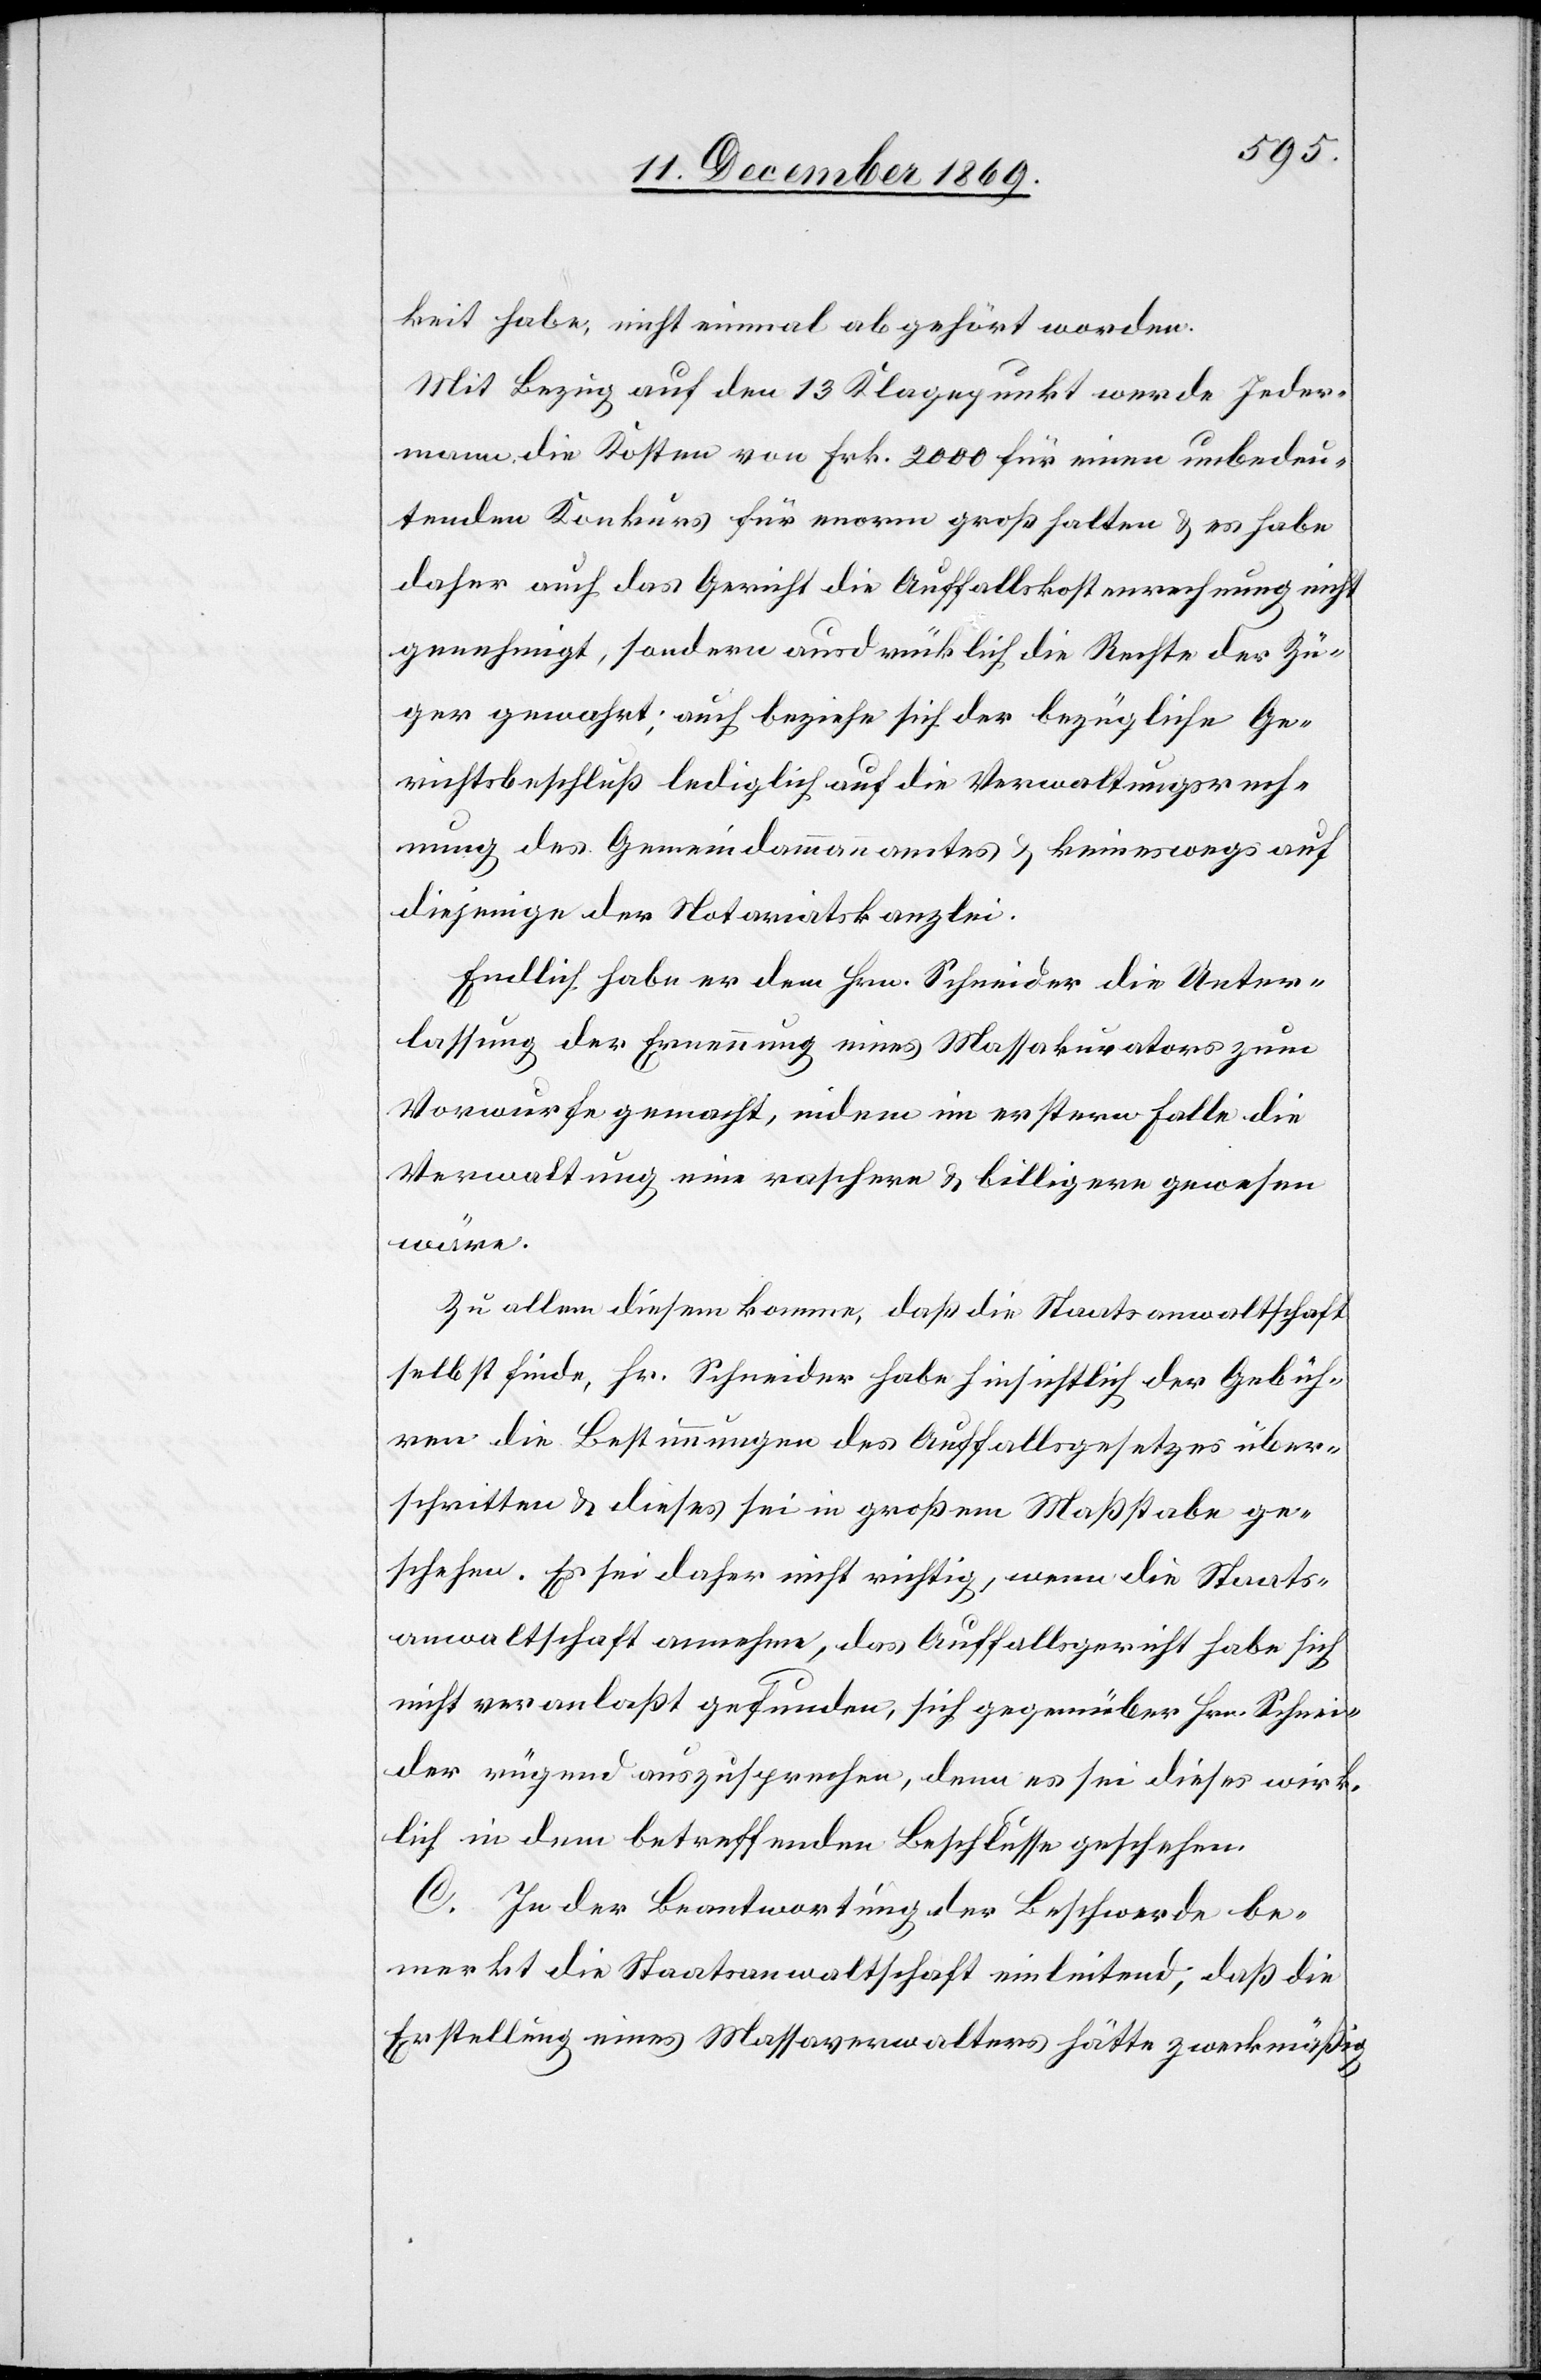
keit habe, nicht einmal abgehört worden.
Mit Bezug auf den 13 Klagepunkt werde Jeder¬
mann die Kosten von Frk. 2000 für einen unbedeu¬
tenden Konkurs für enorm groß halten & es habe
daher auch das Gericht die Auffallskostenrechnung nicht
genehmigt, sondern ausdrücklich die Rechte der Zü¬
ger gewahrt; auch beziehe sich der bezügliche Ge¬
richtsbeschluß lediglich auf die Verwaltungsrech¬
nung des Gemeindammannamtes & keineswegs auf
diejenige der Notariatskanzlei.
Endlich habe er dem Hrn. Schneider die Unter¬
lassung der Ernennung eines Massakurators zum
Vorwurfe gemacht, indem im erstern Falle die
Verwaltung eine raschere & billigere gewesen
wäre.
Zu allem diesem komme, daß die Staatsanwaltschaft
selbst finde, Hr. Schneider habe hinsichtlich der Gebüh¬
ren die Bestimmungen des Auffallsgesetzes über¬
schritten & dieses sei in großem Maßstabe ge¬
schehen. Es sei daher nicht richtig, wenn die Staats¬
anwaltschaft annehme, das Auffallsgericht habe sich
nicht veranlaßt gefunden, sich gegenüber Hrn. Schnei¬
der rügend auszusprechen, denn es sei dieses wirk¬
lich in dem betreffenden Beschlusse geschehen.
C. In der Beantwortung der Beschwerde be¬
merkt die Staatsanwaltschaft einleitend, daß die
Erstellung eines Massaverwalters hätte zweckmäßig